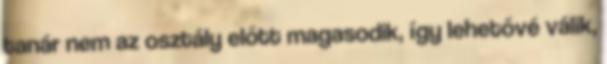
tanár nem az osztály előtt magasodik, így lehetővé válik,